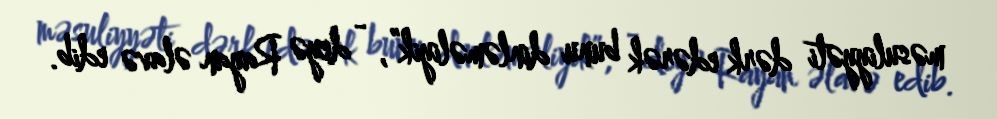
məsuliyyəti dərk edərək bunu dinləməliyik”, - deyə Rayan əlavə edib.